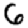
Digit: 6